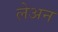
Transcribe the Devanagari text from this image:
लेअन